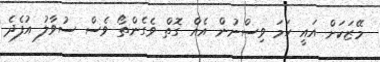
މޭޒަކަށް އައީ ހަމަ ވިސްނުން އެއް ގޮތް ވެގެންތޯ ވެސް ސުވާލު އުފެދެ